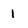
Character: 1